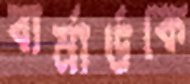
বার্নার্ডকে